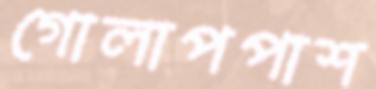
গোলাপপাশ